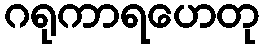
ဂရုကာရဟေတု